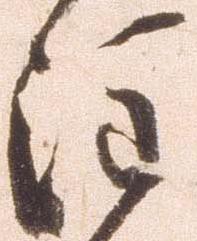
注